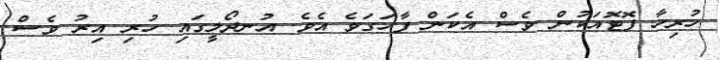
ހުރިހާ ފޮޓޮއަކުން ވެސް އެކަން ފާހަގަވެ އެވެ. އުނދޯލީގައި ހުރި އިރު ވެސް